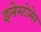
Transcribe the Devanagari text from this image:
इलेस्टोमेर